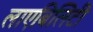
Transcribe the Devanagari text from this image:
लाएबिलिटी